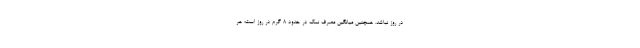
در روز نباشد. همچنین میانگین مصرف نمک در حدود ۸ گرم در روز است؛ هر